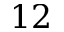
1 2